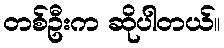
တစ်ဦးက ဆိုပါတယ်။